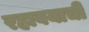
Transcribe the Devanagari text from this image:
रहावयाची